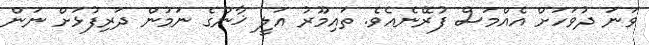
ވަނަ ދުވަހަށް އެއްމަސް ފުރޭނެއެވެ. ތައިމޫރު އަލީ ޚާންގެ ނަމުން ދަރިފުޅަށް ނަން